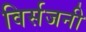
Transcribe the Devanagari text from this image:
विर्सजनी